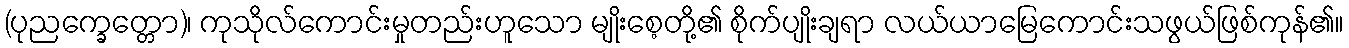
(ပုညက္ခေတ္တော)၊ ကုသိုလ်ကောင်းမှုတည်းဟူသော မျိုးစေ့တို့၏ စိုက်ပျိုးချရာ လယ်ယာမြေကောင်းသဖွယ်ဖြစ်ကုန်၏။